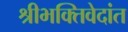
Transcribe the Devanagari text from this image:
श्रीभक्तिवेदांत